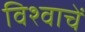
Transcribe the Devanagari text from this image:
विश्वाचें